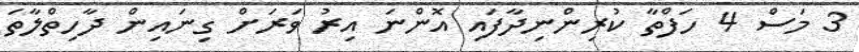
3 މަސް 4 ހަފްތާ ކުރިންނިދާފައި އޮންނަ އިރު ވަރަށް ގިނައިން ދާހިތްލާތަ